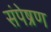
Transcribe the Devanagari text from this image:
संपेष्रण